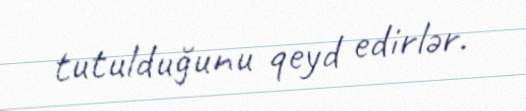
tutulduğunu qeyd edirlər.